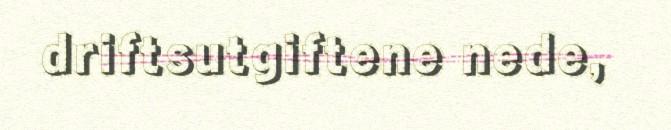
driftsutgiftene nede,